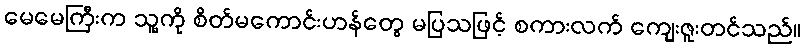
မေမေကြီးက သူ့ကို စိတ်မကောင်းဟန်တွေ မပြသဖြင့် စကားလက် ကျေးဇူးတင်သည်။